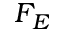
F _ { E }